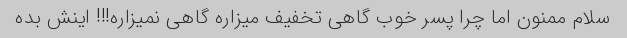
سلام ممنون اما چرا پسر خوب گاهی تخفیف میزاره گاهی نمیزاره!!! اینش بده